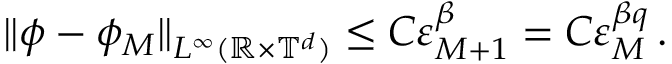
\| \phi - \phi _ { M } \| _ { L ^ { \infty } ( \ensuremath { \mathbb { R } } \times \ensuremath { \mathbb { T } } ^ { d } ) } \leq C \varepsilon _ { M + 1 } ^ { \beta } = C \varepsilon _ { M } ^ { \beta q } \, .